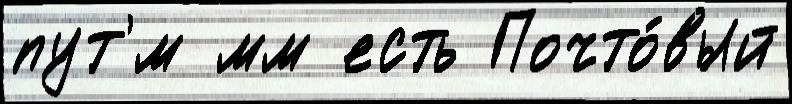
пут'́м мм есть Почто́вый